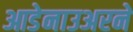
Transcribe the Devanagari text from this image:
आडेनाउअरने